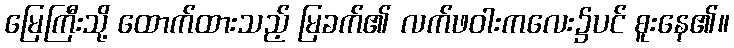
မြေကြီးသို့ ထောက်ထားသည့် မြခက်၏ လက်ဖဝါးကလေး၌ပင် စူးနေ၏။